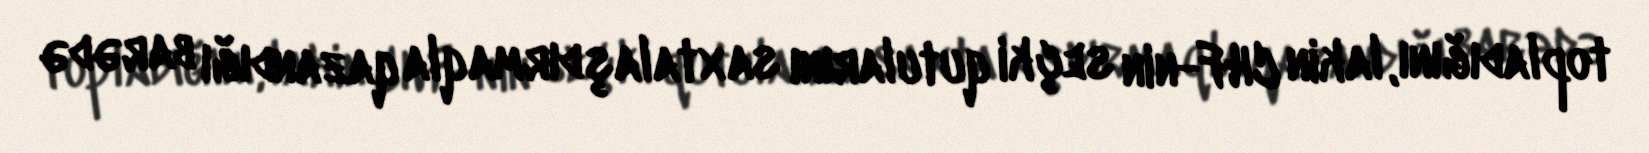
topladığını, lakin CHF-nin seçki qutularını saxtalaşdırmaqla qazandığı barədə